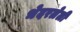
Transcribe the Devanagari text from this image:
भेदरलेली